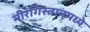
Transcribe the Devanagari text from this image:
नीरंगिस्तानमध्ये